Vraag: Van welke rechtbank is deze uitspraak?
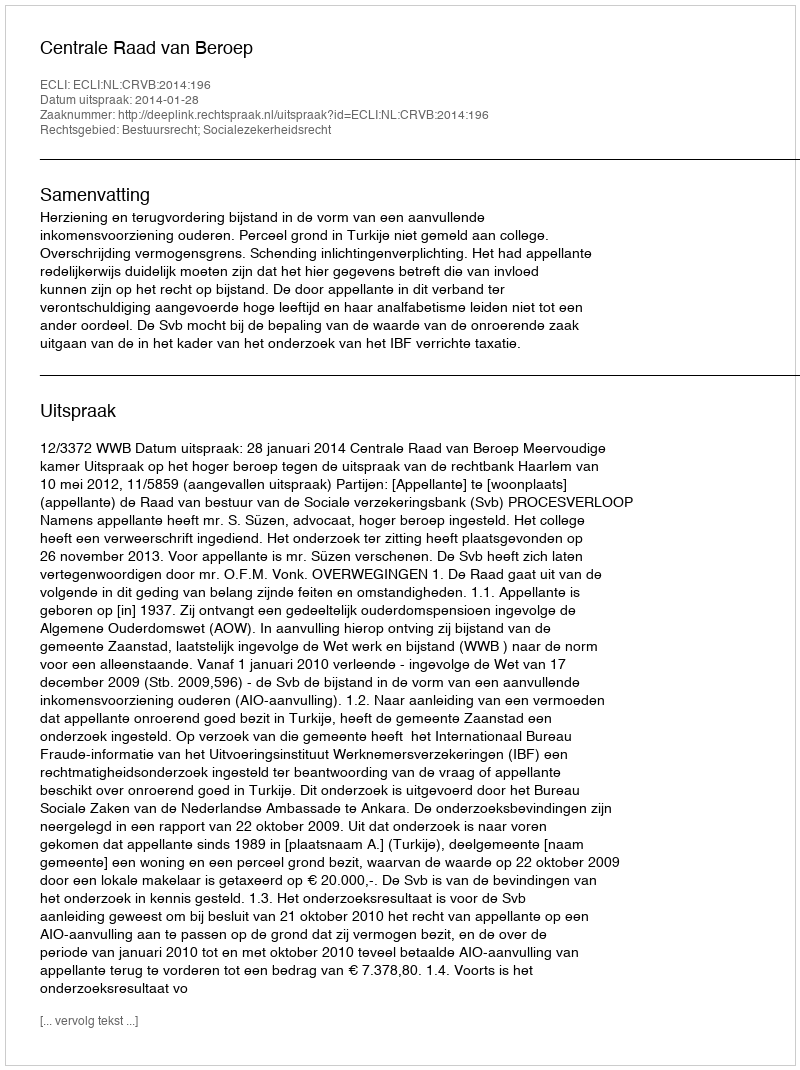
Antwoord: Centrale Raad van Beroep